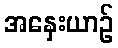
အနှေးယာဉ်